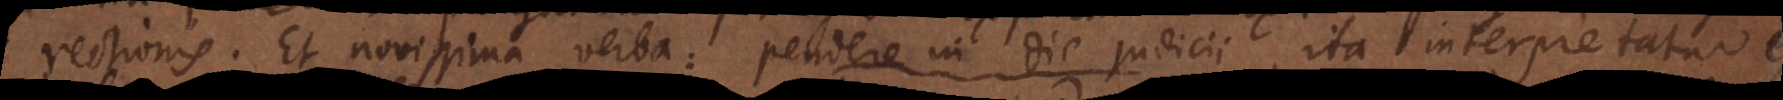
ectionis. Et novissima verba: pendere in die judicii, ita interpretatur